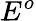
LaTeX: E^{o}